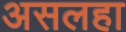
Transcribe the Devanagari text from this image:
असलहा